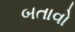
બતાવો